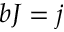
b J = j